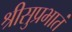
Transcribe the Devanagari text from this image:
श्रीसुप्रभातं